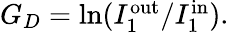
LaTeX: \begin{array}{r}{G_{D}=\mathrm{ln}(I_{1}^{\mathrm{out}}/I_{1}^{\mathrm{in}}).}\end{array}